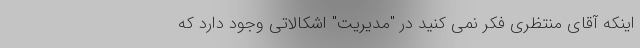
اینکه آقای منتظری فکر نمی کنید در "مدیریت" اشکالاتی وجود دارد که